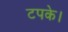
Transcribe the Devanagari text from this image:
टपके।